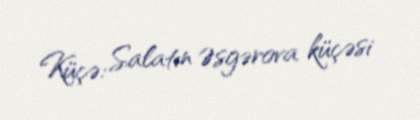
Küçə: Salatın Əsgərova küçəsi